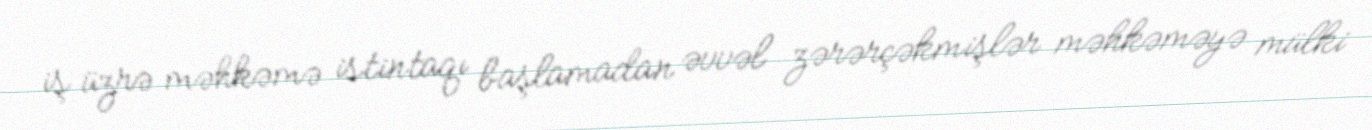
iş üzrə məhkəmə istintaqı başlamadan əvvəl zərərçəkmişlər məhkəməyə mülki